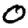
Digit: 0